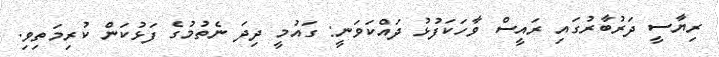
ރިޔާސީ ދަރުބާރުގައި ރައީސް ވާހަކަފުޅު ދައްކަވަނީ: ގައުމީ ދިދަ ނެތުމުގެ ފަޅުކަން ކުރިމަތިވި.